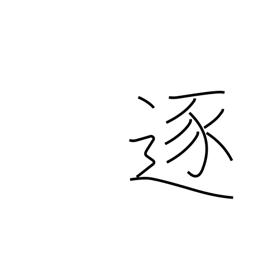
Meaning: accomplish